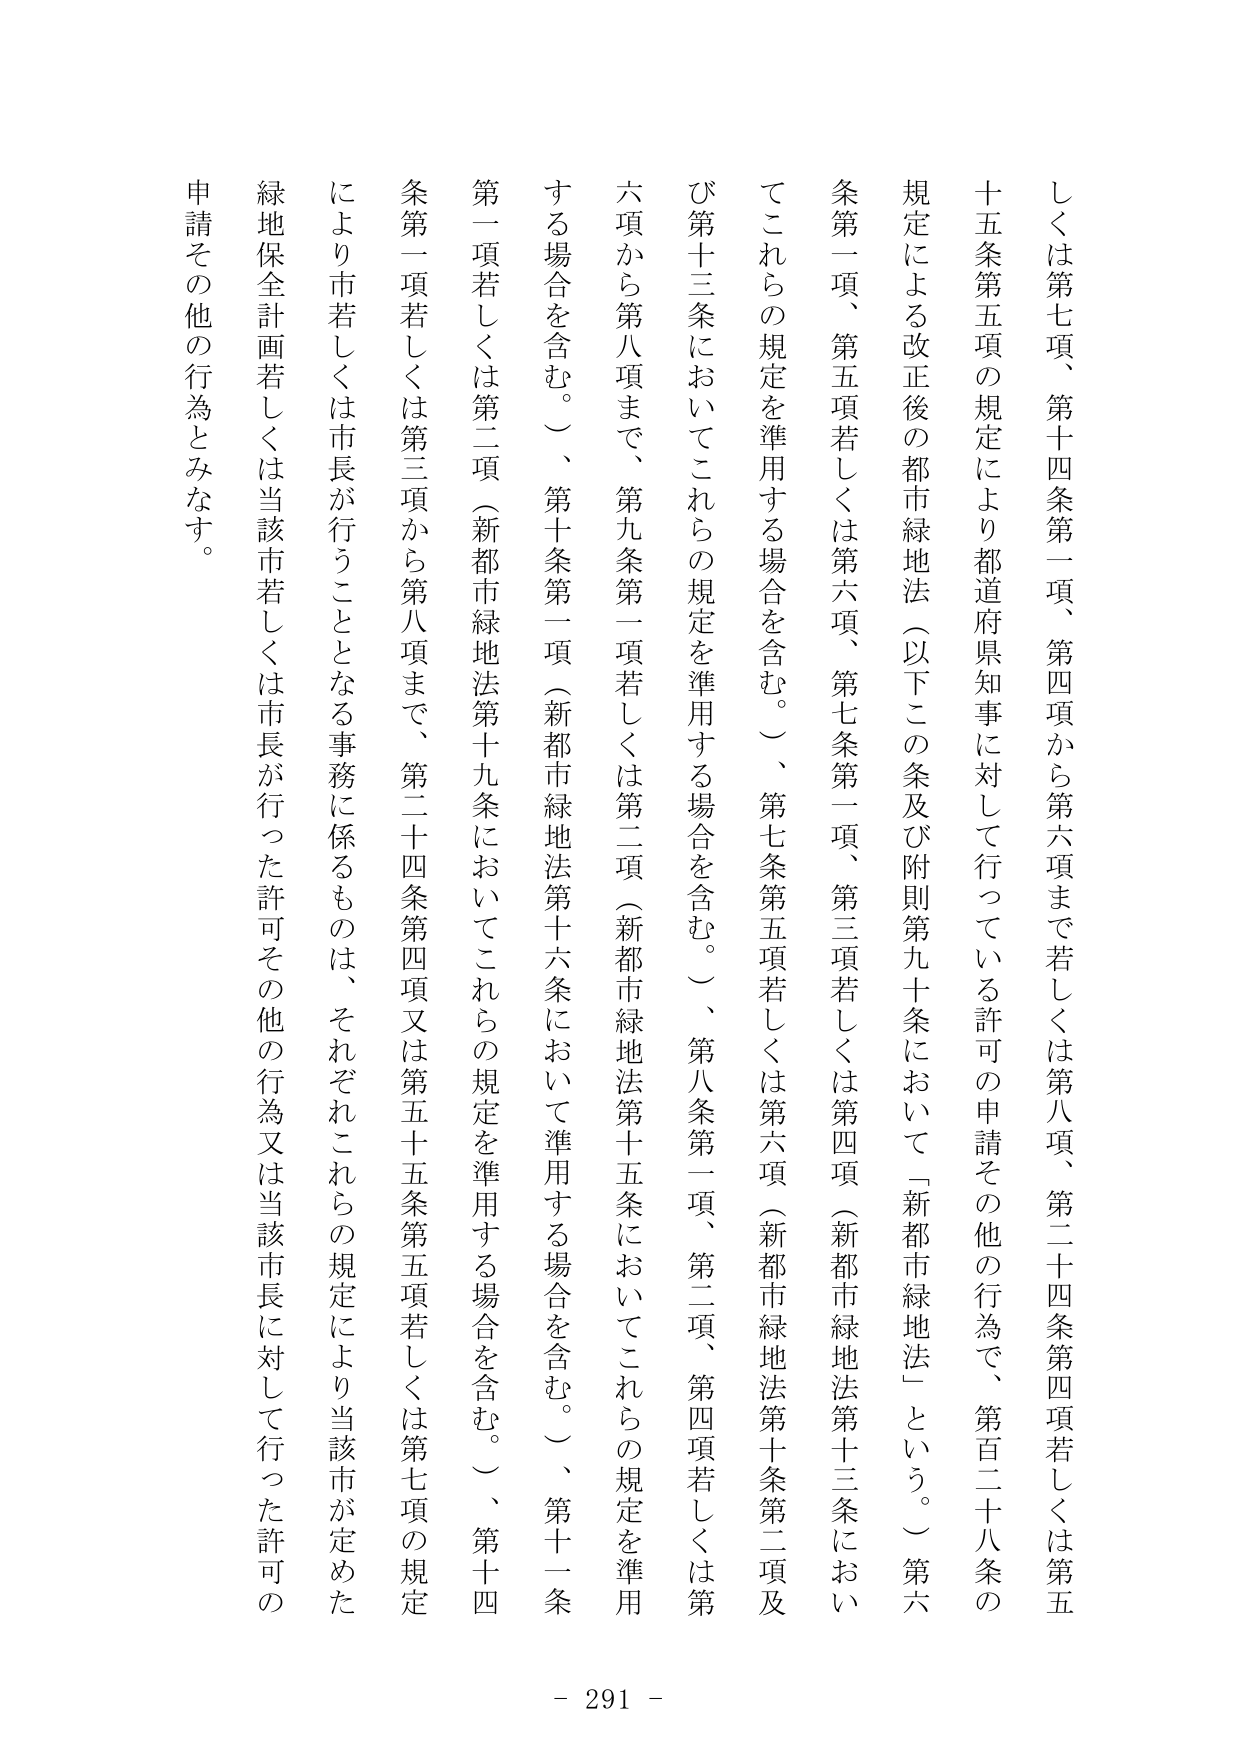
しくは第七項、第十四条第一項、第四項から第六項まで若しくは第八項、第二十四条第四項若しくは第五条第一項、第五項若しくは第六項、第七条第一項、第三項若しくは第四項（新都市緑地法第十三条においてこれらの規定を準用する場合を含む。）、第七条第五項若しくは第六項（新都市緑地法第十条第二項及び第十三条においてこれらの規定を準用する場合を含む。）、第八条第一項、第二項、第四項若しくは第六項から第八項まで、第九条第一項若しくは第二項（新都市緑地法第十五条においてこれらの規定を準用する場合を含む。）、第十条第一項（新都市緑地法第十六条において準用する場合を含む。）、第十一条第一項若しくは第二項（新都市緑地法第十九条においてこれらの規定を準用する場合を含む。）、第十四条第一項若しくは第三項から第八項まで、第二十四条第四項又は第五十五条第五項若しくは第七項の規定により市若しくは市長が行うこととなる事務に係るものは、それぞれこれらの規定により当該市が定めた緑地保全計画若しくは当該市若しくは市長が行った許可その他の行為又は当該市長に対して行った許可の申請その他の行為とみなす。

- 291 -